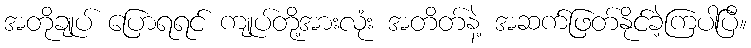
အတိုချုပ် ပြောရရင် ကျုပ်တို့အားလုံး အတိတ်နဲ့ အဆက်ဖြတ်နိုင်ခဲ့ကြပါပြီ။